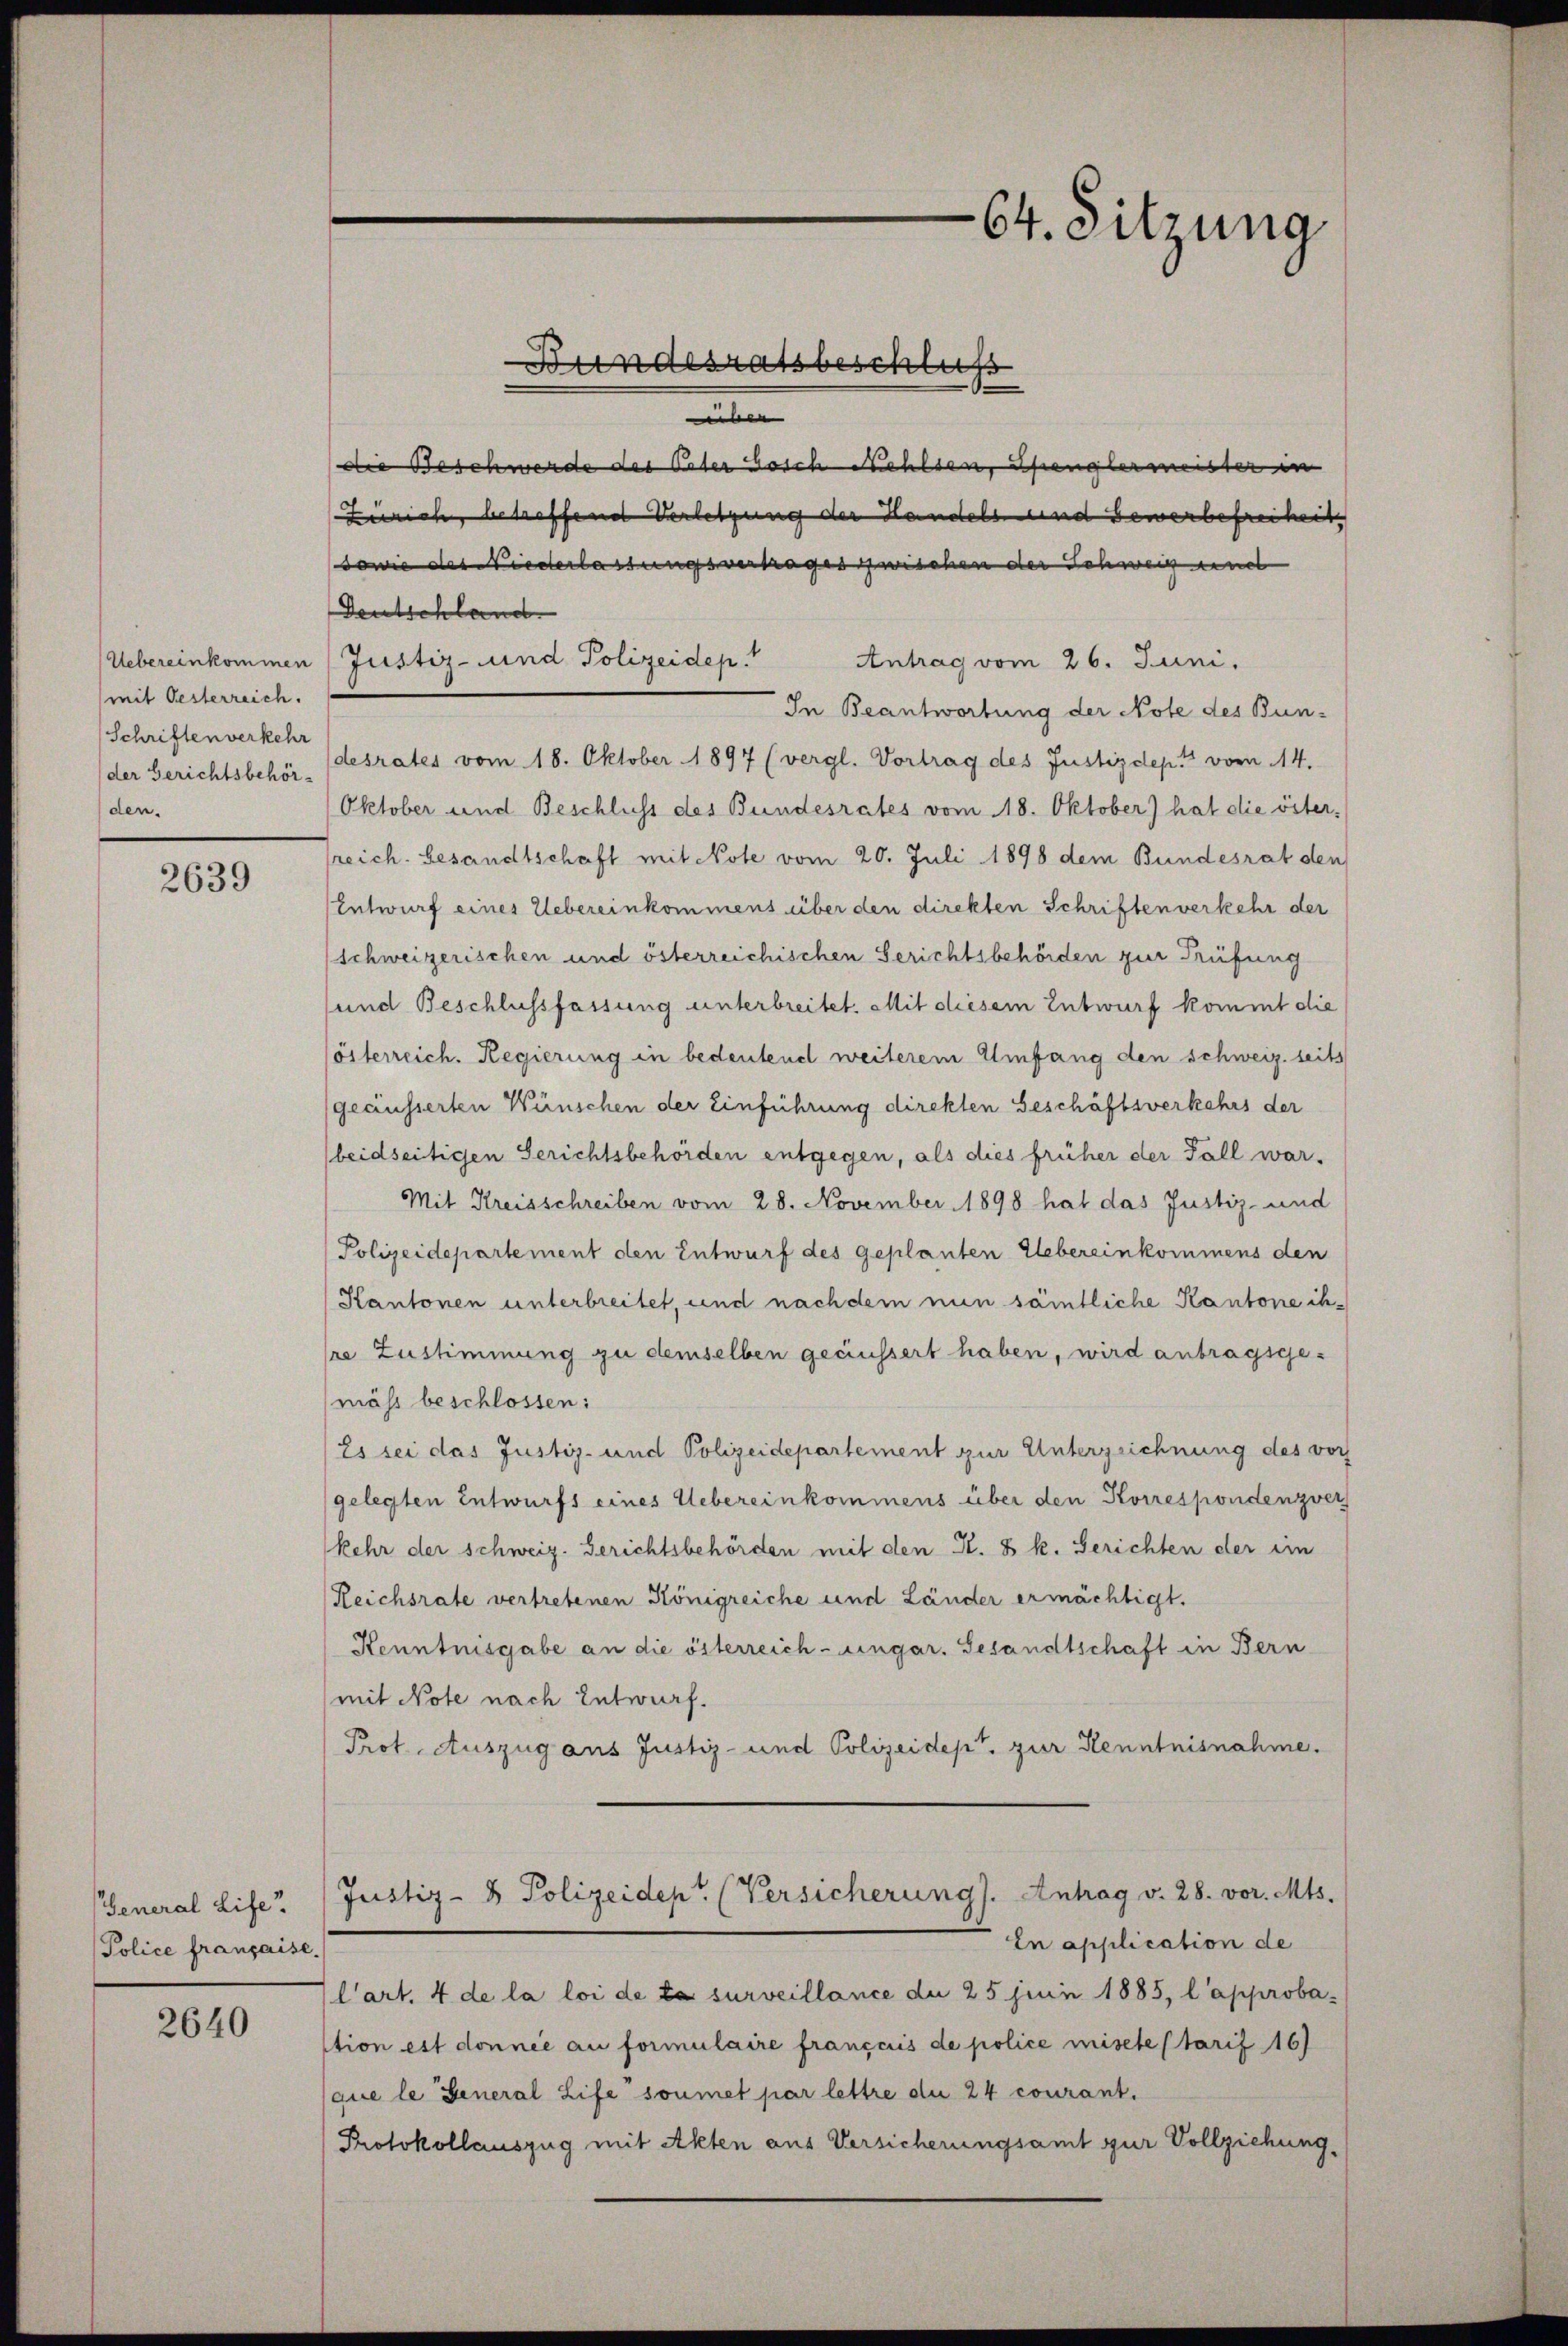
(mit Oesterreich.
Schriften verkehr
der Gerichtsbehör-
den.

2639

General Life
Police française.

2640

Bundesratsbeschluss

die Beschwerde der Vater dosch Mehlten, denglermeister in |
Zürich, betreffend Verletzung der Handels und Bewerbefreiheit
sowie des Niederlassungsvertrages zwischen der Schweigeneh
Deutschland
Uebereinkommen Justiz- und Polizeidep. Antrag vom 26. Juni,
In Beantwortung der Note des Bun-
desrates vom 18. Oktober 1897 (vergl. Vortrag des Justizdept vom 14.
Oktober und Beschluss des Bundesrates vom 18. Oktober) hat die österreich. Gesandtschaft mit Note vom 20. Juli 1898 dem Bundesrat den
Entwurf eines Uebereinkommens über den direkten Schriften verkehr der
schweizerischen und österreichischen Gerichtsbehörden zur Prüfung
und Beschlussfassung unterbreitet. Mit diesem Entwurf kommt die
österreich. Regierung in bedeutend weiterem Umfang den schweiz. seits
geäusserten Wünschen der Einführung direkten Beschäftsverkehrs der
beidseitigen Gerichtsbehörden entgegen, als dies früher der Fall war.
Mit Kreisschreiben vom 28. November 1898 hat das Justiz- und
Polizeidepartement den Entwurf des geplanten Uebereinkommens den
Kantonen unterbreitet, und nachdem nun sämtliche Kantone ihsre Zustimmung zu demselben geäussert haben, wird antragsgemäss beschlossen:
Es sei das Justiz- und Polizeidepartement zur Unterzeichnung des vorh
gelegten Entwurfs eines Uebereinkommens über den Korrespondenzver
kehr der schweiz. Gerichtsbehörden mit den Kt. B k. Berichten der ein
Reichsrate vertretenen Königreiche und Länder ermächtigt.
Kenntnisgabe an die österreich-ungar. Gesandtschaft in Bern
mit Note nach Entwurf.
Prot. Auszug aus Justiz- und Polizeidept. zur Kenntnisnahme.
Justiz- & Polizeidept. (Versicherung). Antrag v. 28. vor. Mts.
In application de
l’art. 4 de la loi de la surveillance du 25 Juni 1885, l’approba-
tion est donnée au formulaire français de police mische (tarif 16)
que le General Life soumet par lettre du 24 courant.
Protokollauszug mit Akten aus Versicherungsamt zur Vollziehung,

64. Sitzung